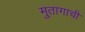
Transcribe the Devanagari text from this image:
मुतागाची